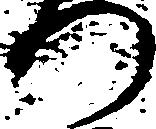
つ